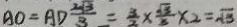
A O = A D \frac { 2 \sqrt { 3 } } { 3 } = \frac { 3 } { 3 } \times \frac { \sqrt { 3 } } { 3 } \times 2 = \sqrt { 3 }